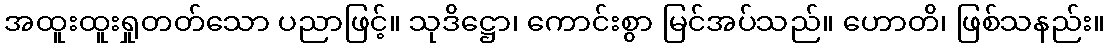
အထူးထူးရှုတတ်သော ပညာဖြင့်။ သုဒိဋ္ဌော၊ ကောင်းစွာ မြင်အပ်သည်။ ဟောတိ၊ ဖြစ်သနည်း။